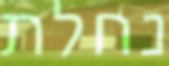
נחלת